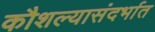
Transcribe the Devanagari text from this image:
कौशल्यासंदर्भात